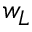
w _ { L }